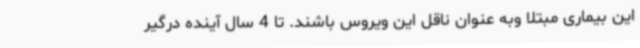
این بیماری مبتلا وبه عنوان ناقل این ویروس باشند. تا 4 سال آینده درگیر